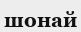
шонай